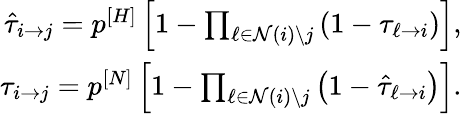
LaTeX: \begin{array}{r}{\hat{\tau}_{i\rightarrow j}=p^{[H]}\left[1-\prod_{\ell\in\mathcal{N}(i)\backslash j}\left(1-\tau_{\ell\rightarrow i}\right)\right],}\\ {\tau_{i\rightarrow j}=p^{[N]}\left[1-\prod_{\ell\in\mathcal{N}(i)\backslash j}\left(1-\hat{\tau}_{\ell\rightarrow i}\right)\right].}\end{array}